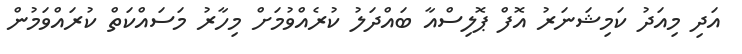
އަދި މިއަދު ކަމިޝަނަރު އޮފް ޕޮލިސްއާ ބައްދަލު ކުރެއްވުމަށް މިހާރު މަސައްކަތް ކުރައްވަމުން